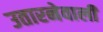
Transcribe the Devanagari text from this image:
उतारनेवाली